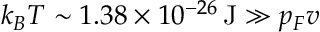
k _ { B } T \sim 1 . 3 8 \times 1 0 ^ { - 2 6 } \, \mathrm { J } \gg p _ { F } v